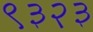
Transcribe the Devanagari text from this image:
९३२३